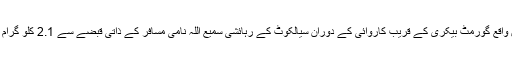
اے این ایف لاہور نے اگّوکی، سیالکوٹ میں واقع گورمٹ بیکری کے قریب کاروائی کے دوران سیالکوٹ کے رہائشی سمیع اللہ نامی مسافر کے ذاتی قبضے سے 2.1 کلو گرام چرس برآمد کر کے ملزم کو گرفتار کر لیا۔